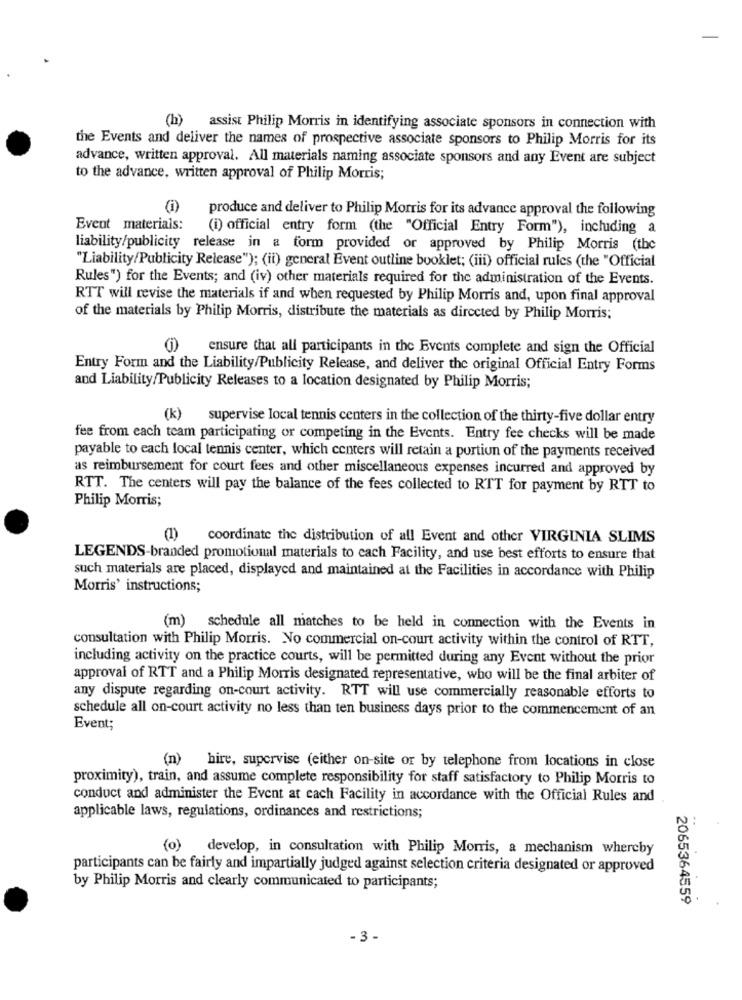
(h) assist Philip Morris in identifying associate sponsors in connection with
the Events and deliver the names of prospective associate sponsors to Philip Morris for its
advance, written approval. All materials naming associate sponsors and any Event are subject
to the advance, written approval of Philip Morris;
(1)
produce and deliver to Philip Morris for its advance approval the following
Event materials: (i) official entry form (the "Official Entry Form"), including a
liability/publicity release in a form provided or approved by Philip Morris (the
"Liability/Publicity Release"); (ii) general Event outline booklet; (iii) official rules (the "Official
Rules") for the Events; and (iv) other materials required for the administration of the Events.
RTT will revise the materials if and when requested by Philip Morris and, upon final approval
of the materials by Philip Morris, distribute the materials as directed by Philip Morris;
ensure that all participants in the Events complete and sign the Official
Entry Form and the Liability/Publicity Release, and deliver the original Official Entry Forms
and Liability/Publicity Releases to a location designated by Philip Morris;
(k) supervise local tennis centers in the collection of the thirty-five dollar entry
fee from each team participating or competing in the Events. Entry fee checks will be made
payable to each local tennis center, which centers will retain a portion of the payments received
as reimbursement for court fees and other miscellaneous expenses incurred and approved by
RTT. The centers will pay the balance of the fees collected to RTT for payment by RTT to
Philip Morris;
(1) coordinate the distribution of all Event and other VIRGINIA SLIMS
LEGENDS-branded promotional materials to each Facility, and use best efforts to ensure that
such materials are placed, displayed and maintained at the Facilities in accordance with Philip
Morris' instructions;
(m) schedule all matches to be held in connection with the Events in
consultation with Philip Morris. No commercial on-court activity within the control of RTT,
including activity on the practice courts, will be permitted during any Event without the prior
approval of RTT and a Philip Morris designated representative, who will be the final arbiter of
any dispute regarding on-court activity. RTT will use commercially reasonable efforts to
schedule all on-court activity no less than ten business days prior to the commencement of an
Event;
(n) hire, supervise (either on-site or by telephone from locations in close
proximity), train, and assume complete responsibility for staff satisfactory to Philip Morris to
conduct and administer the Event at each Facility in accordance with the Official Rules and
applicable laws, regulations, ordinances and restrictions;
(o) develop, in consultation with Philip Morris, a mechanism whereby
participants can be fairly and impartially judged against selection criteria designated or approved
by Philip Morris and clearly communicated to participants;
2065364559
-3-